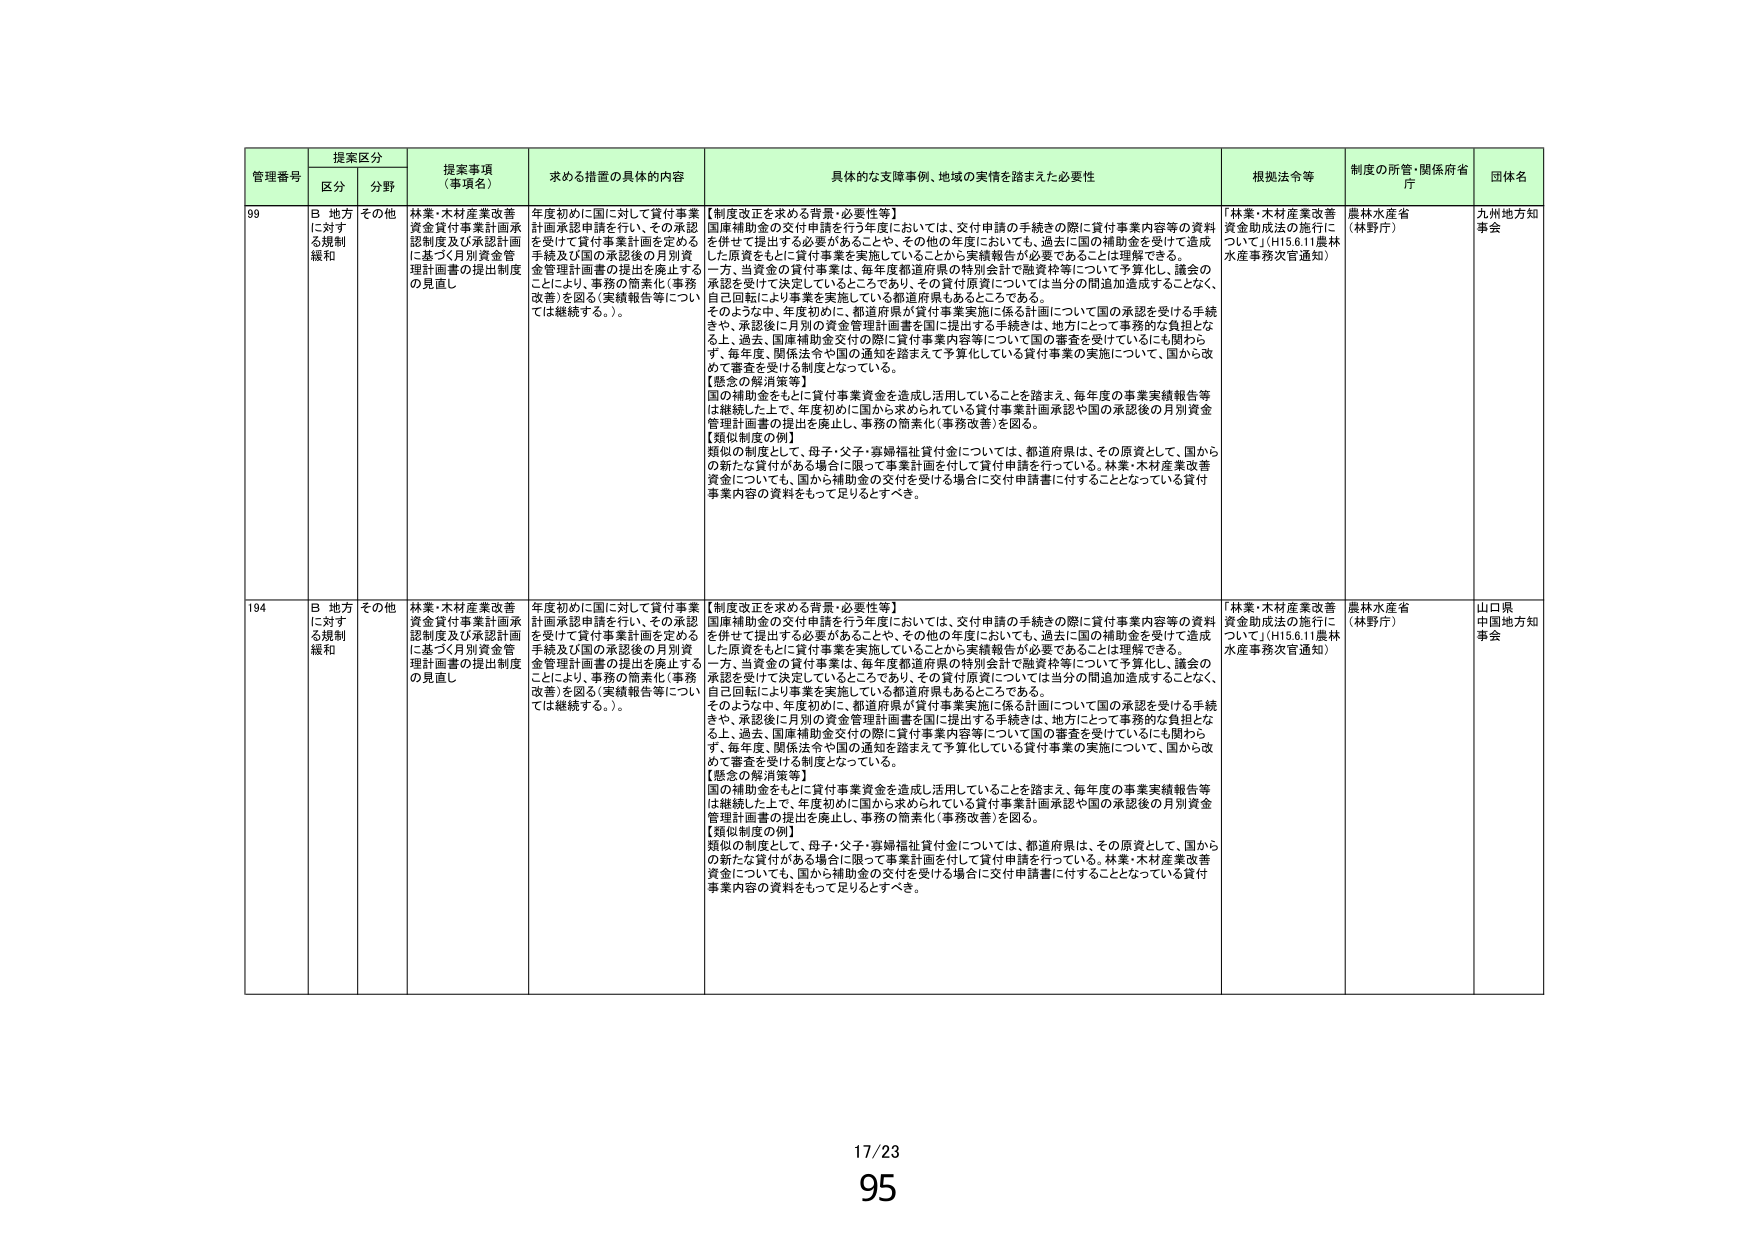
管理番号 提案区分 提案事項（事項名） 求める措置の具体的内容 具体的な支障事例、地域の実情を踏まえた必要性 根拠法令等 制度の所管・関係府省庁 団体名
区分 分野
99 B 地方に対する規制緩和 その他 林業・木材産業改善資金貸付事業計画承認制度及び承認計画に基づく月別資金管理計画書の提出制度の見直し 年度初めに国に対して貸付事業計画承認申請を行い、その承認を受けて貸付事業計画を定める手続及び国の承認後の月別資金管理計画書の提出を廃止することにより、事務の簡素化（事務改善）を図る（実績報告等については継続する。）。 【制度改正を求める背景・必要性等】 国庫補助金の交付申請を行う年度においては、交付申請の手続きの際に貸付事業内容等の資料を併せて提出する必要があることや、その他の年度においても、過去に国の補助金を受けて造成した原資をもとに貸付事業を実施していることから実績報告が必要であることは理解できる。 一方、当資金の貸付事業は、毎年度都道府県の特別会計で融資枠等について予算化し、議会の承認を受けて決定しているところであり、その貸付原資については当分の間追加造成することなく、自己回転により事業を実施している都道府県もあるところである。 そのような中、年度初めに、都道府県が貸付事業実施に係る計画について国の承認を受ける手続きや、承認後に月別の資金管理計画書を国に提出する手続きは、地方にとって事務的な負担となる上、過去、国庫補助金交付の際に貸付事業内容等について国の審査を受けているにも関わらず、毎年度、関係法令や国の通知を踏まえて予算化している貸付事業の実施について、国から改めて審査を受ける制度となっている。 【懸念の解消策等】 国の補助金をもとに貸付事業資金を造成し活用していることを踏まえ、毎年度の事業実績報告等は継続した上で、年度初めに国から求められている貸付事業計画承認や国の承認後の月別資金管理計画書の提出を廃止し、事務の簡素化（事務改善）を図る。 【類似制度の例】 類似の制度として、母子・父子・寡婦福祉貸付金については、都道府県は、その原資として、国からの新たな貸付がある場合に限って事業計画を付して貸付申請を行っている。林業・木材産業改善資金についても、国から補助金の交付を受ける場合に交付申請書に付することとなっている貸付事業内容の資料をもって足りるとすべき。 「林業・木材産業改善資金助成法の施行について」（H15.6.11農林水産事務次官通知） 農林水産省（林野庁） 九州地方知事会
194 B 地方に対する規制緩和 その他 林業・木材産業改善資金貸付事業計画承認制度及び承認計画に基づく月別資金管理計画書の提出制度の見直し 年度初めに国に対して貸付事業計画承認申請を行い、その承認を受けて貸付事業計画を定める手続及び国の承認後の月別資金管理計画書の提出を廃止することにより、事務の簡素化（事務改善）を図る（実績報告等については継続する。）。 【制度改正を求める背景・必要性等】 国庫補助金の交付申請を行う年度においては、交付申請の手続きの際に貸付事業内容等の資料を併せて提出する必要があることや、その他の年度においても、過去に国の補助金を受けて造成した原資をもとに貸付事業を実施していることから実績報告が必要であることは理解できる。 一方、当資金の貸付事業は、毎年度都道府県の特別会計で融資枠等について予算化し、議会の承認を受けて決定しているところであり、その貸付原資については当分の間追加造成することなく、自己回転により事業を実施している都道府県もあるところである。 そのような中、年度初めに、都道府県が貸付事業実施に係る計画について国の承認を受ける手続きや、承認後に月別の資金管理計画書を国に提出する手続きは、地方にとって事務的な負担となる上、過去、国庫補助金交付の際に貸付事業内容等について国の審査を受けているにも関わらず、毎年度、関係法令や国の通知を踏まえて予算化している貸付事業の実施について、国から改めて審査を受ける制度となっている。 【懸念の解消策等】 国の補助金をもとに貸付事業資金を造成し活用していることを踏まえ、毎年度の事業実績報告等は継続した上で、年度初めに国から求められている貸付事業計画承認や国の承認後の月別資金管理計画書の提出を廃止し、事務の簡素化（事務改善）を図る。 【類似制度の例】 類似の制度として、母子・父子・寡婦福祉貸付金については、都道府県は、その原資として、国からの新たな貸付がある場合に限って事業計画を付して貸付申請を行っている。林業・木材産業改善資金についても、国から補助金の交付を受ける場合に交付申請書に付することとなっている貸付事業内容の資料をもって足りるとすべき。 「林業・木材産業改善資金助成法の施行について」（H15.6.11農林水産事務次官通知） 農林水産省（林野庁） 山口県中国地方知事会
17/23
95